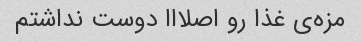
مزه‌ی غذا رو اصلااا دوست نداشتم